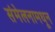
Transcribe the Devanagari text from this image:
संमेलनामधून